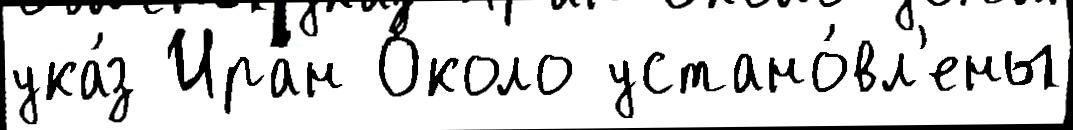
ука́з Ира́н О́коло устано́вл'ены